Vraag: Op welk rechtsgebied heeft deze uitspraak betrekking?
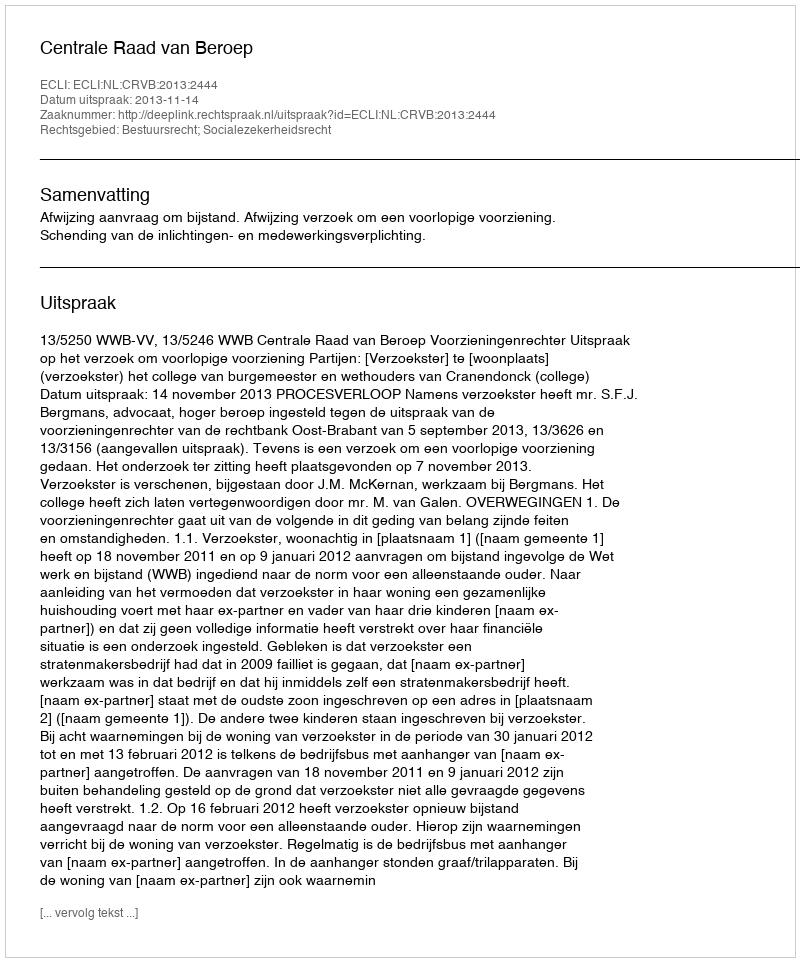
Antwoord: Bestuursrecht; Socialezekerheidsrecht